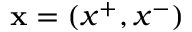
\mathbf { x } = ( x ^ { + } , x ^ { - } )